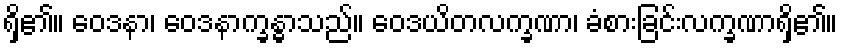
ရှိ၏။ ဝေဒနာ၊ ဝေဒနာက္ခန္ဓာသည်။ ဝေဒယိတလက္ခဏာ၊ ခံစားခြင်းလက္ခဏာရှိ၏။